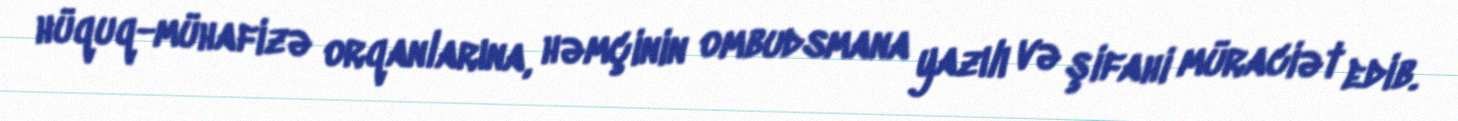
hüquq-mühafizə orqanlarına, həmçinin ombudsmana yazılı və şifahi müraciət edib.